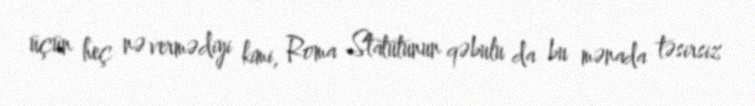
üçün heç nə vermədiyi kimi, Roma Statutunun qəbulu da bu mənada təsirsiz